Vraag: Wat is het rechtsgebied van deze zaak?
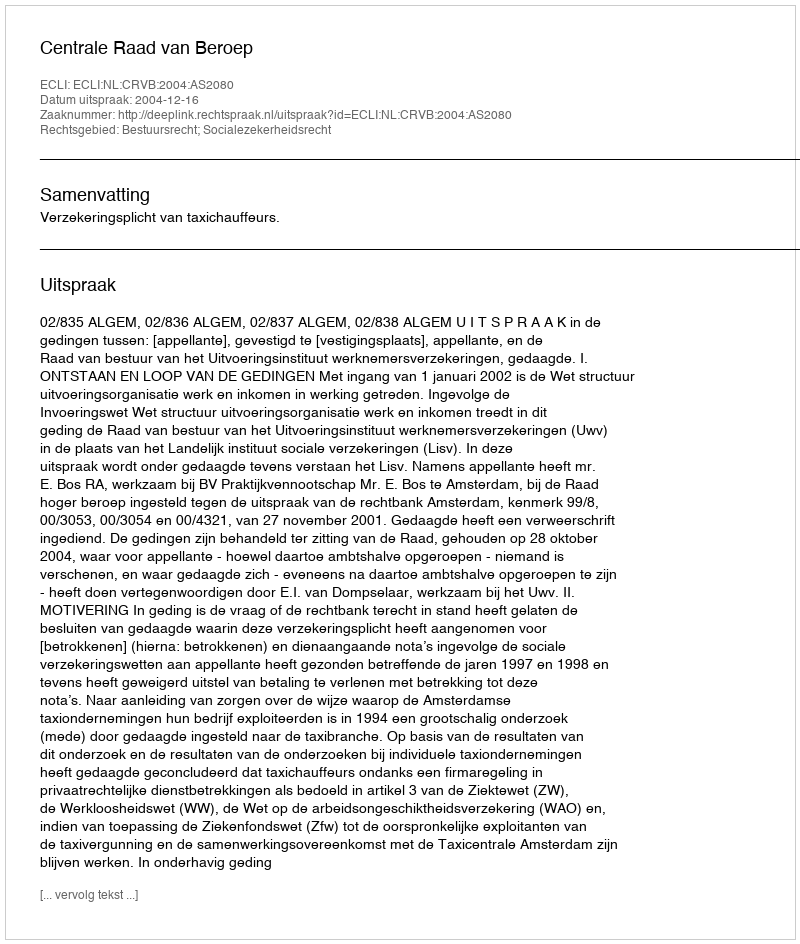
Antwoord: Bestuursrecht; Socialezekerheidsrecht